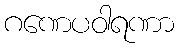
ဂဏေပဝါရဏာ